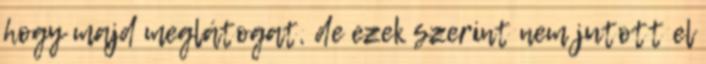
hogy majd meglátogat, de ezek szerint nem jutott el